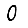
Digit: 0